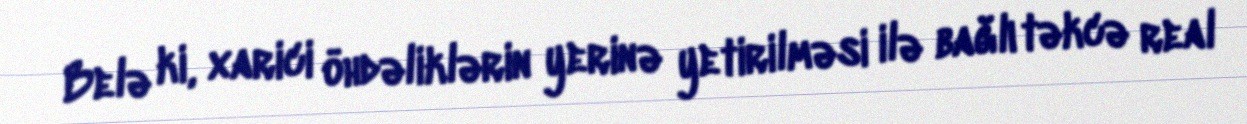
Belə ki, xarici öhdəliklərin yerinə yetirilməsi ilə bağlı təkcə real